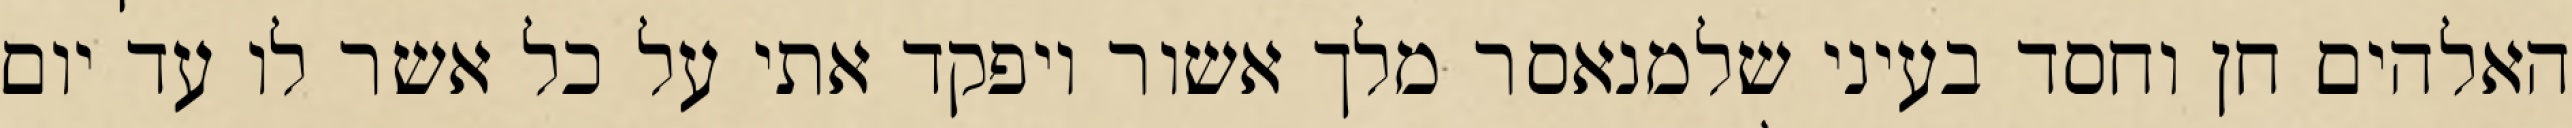
האלהים חן וחסד בעיני שלמנאסר מלך אשור ויפקד אתי על כל אשר לו עד יום